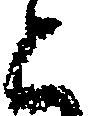
と